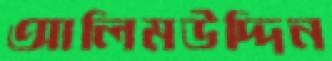
আলিমউদ্দিন